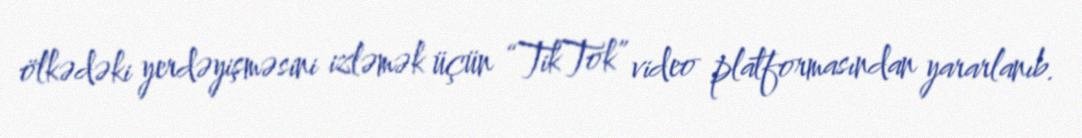
ölkədəki yerdəyişməsini izləmək üçün “TikTok” video platformasından yararlanıb.